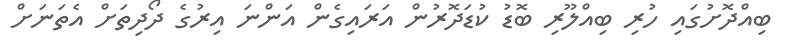
ބިއްދޮށުގައި ހުރި ބިއްލޫރި ބޮޑު ކުޑަދޮރުން އަރައިގެން އަންނަ އިރުގެ ދޯދިތަށް އެތަނަށް